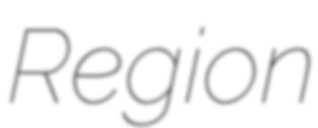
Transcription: Region